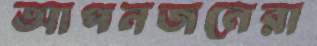
আপনজনেরা